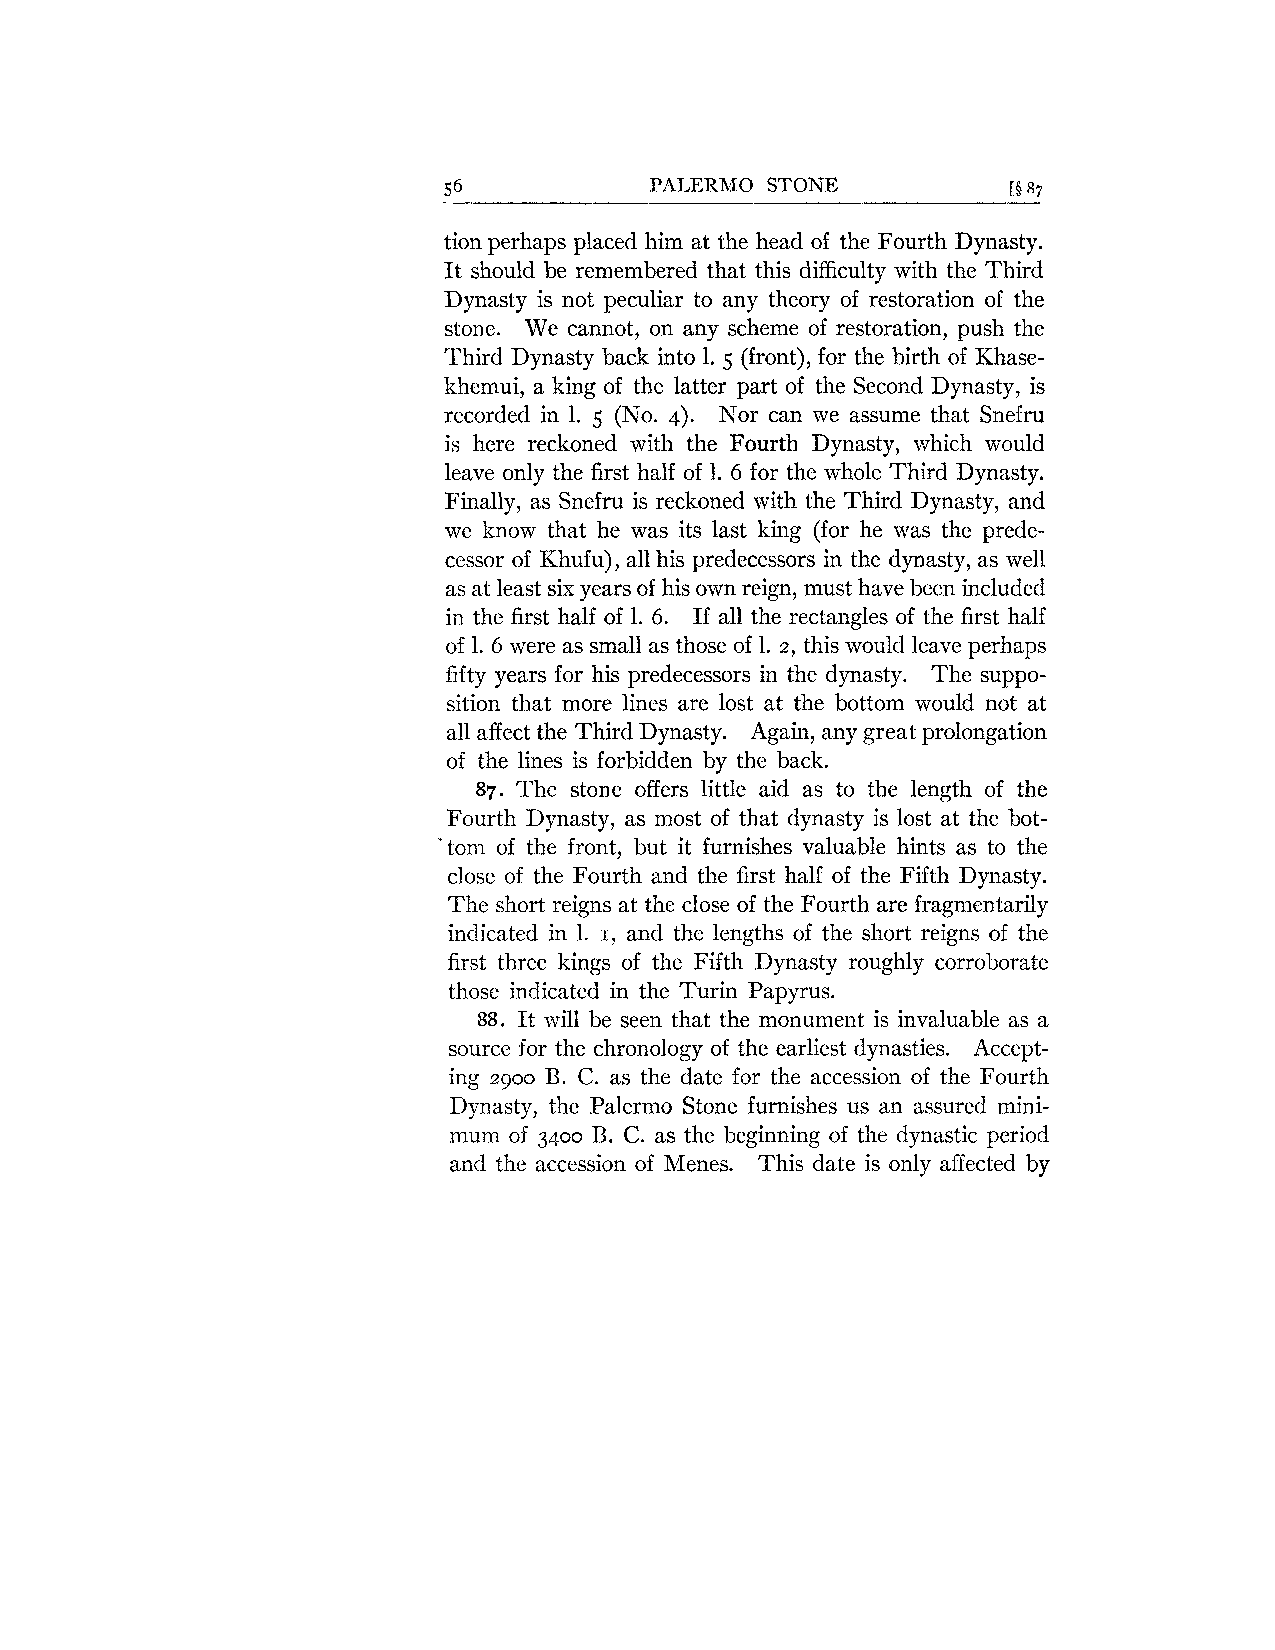
56            PALERMO STONE           [§ 87
 tion perhaps placed him at the head of the Fourth Dynasty.
 It should be remembered that this difficulty with the Third
 Dynasty is not peculiar to any theory of restoration of the
 stone. We cannot, on any scheme of restoration, push the
 Third Dynasty back into 1. 5 (front), for the birth of Khase-
 khemui, a king of the latter part of the Second Dynasty, is
 recorded in 1. 5 (No. 4). Nor can we assume that Snefru
 is here reckoned with the Fourth Dynasty, which would
 leave only the first half of 1. 6 for the whole Third Dynasty.
 Finally, as Snefru is reckoned with the Third Dynasty, and
 we know that he was its last king (for he was the prede-
 cessor of Khufu), all his predecessors in the dynasty, as well
 as at least six years of his own reign, must have been included
 in the first half of 1. 6. If all the rectangles of the first half
 of 1. 6 were as small as those of 1. 2, this would leave perhaps
 fifty years for his predecessors in the dynasty. The suppo-
 sition that more lines are lost at the bottom would not at
 all affect the Third Dynasty. Again, any great prolongation
 of the lines is forbidden by the back.
 87. The stone offers little aid as to the length of the
 Fourth Dynasty, as most of that dynasty is lost at the bot-
 'tom of the front, but it furnishes valuable hints as to the
 close of the Fourth and the first half of the Fifth Dynasty.
 The short reigns at the close of the Fourth are fragmentarily
 indicated in 1. and the lengths of the short reigns of the
 I,
 first three kings of the Fifth Dynasty roughly corroborate
 those indicated in the Turin Papyrus.
 88. It will be seen that the monument is invaluable as a
 source for the chronology of the earliest dynasties. Accept-
 ing   B. C. as the date for the accession of the Fourth
 2900
 Dynasty, the Palermo Stone furnishes us an assured mini-
 mum of 3400 B. C. as the beginning of the dynastic period
 and the accession of Menes. This date is only affected by